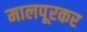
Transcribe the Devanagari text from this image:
मालपूरकर